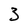
Character: 3